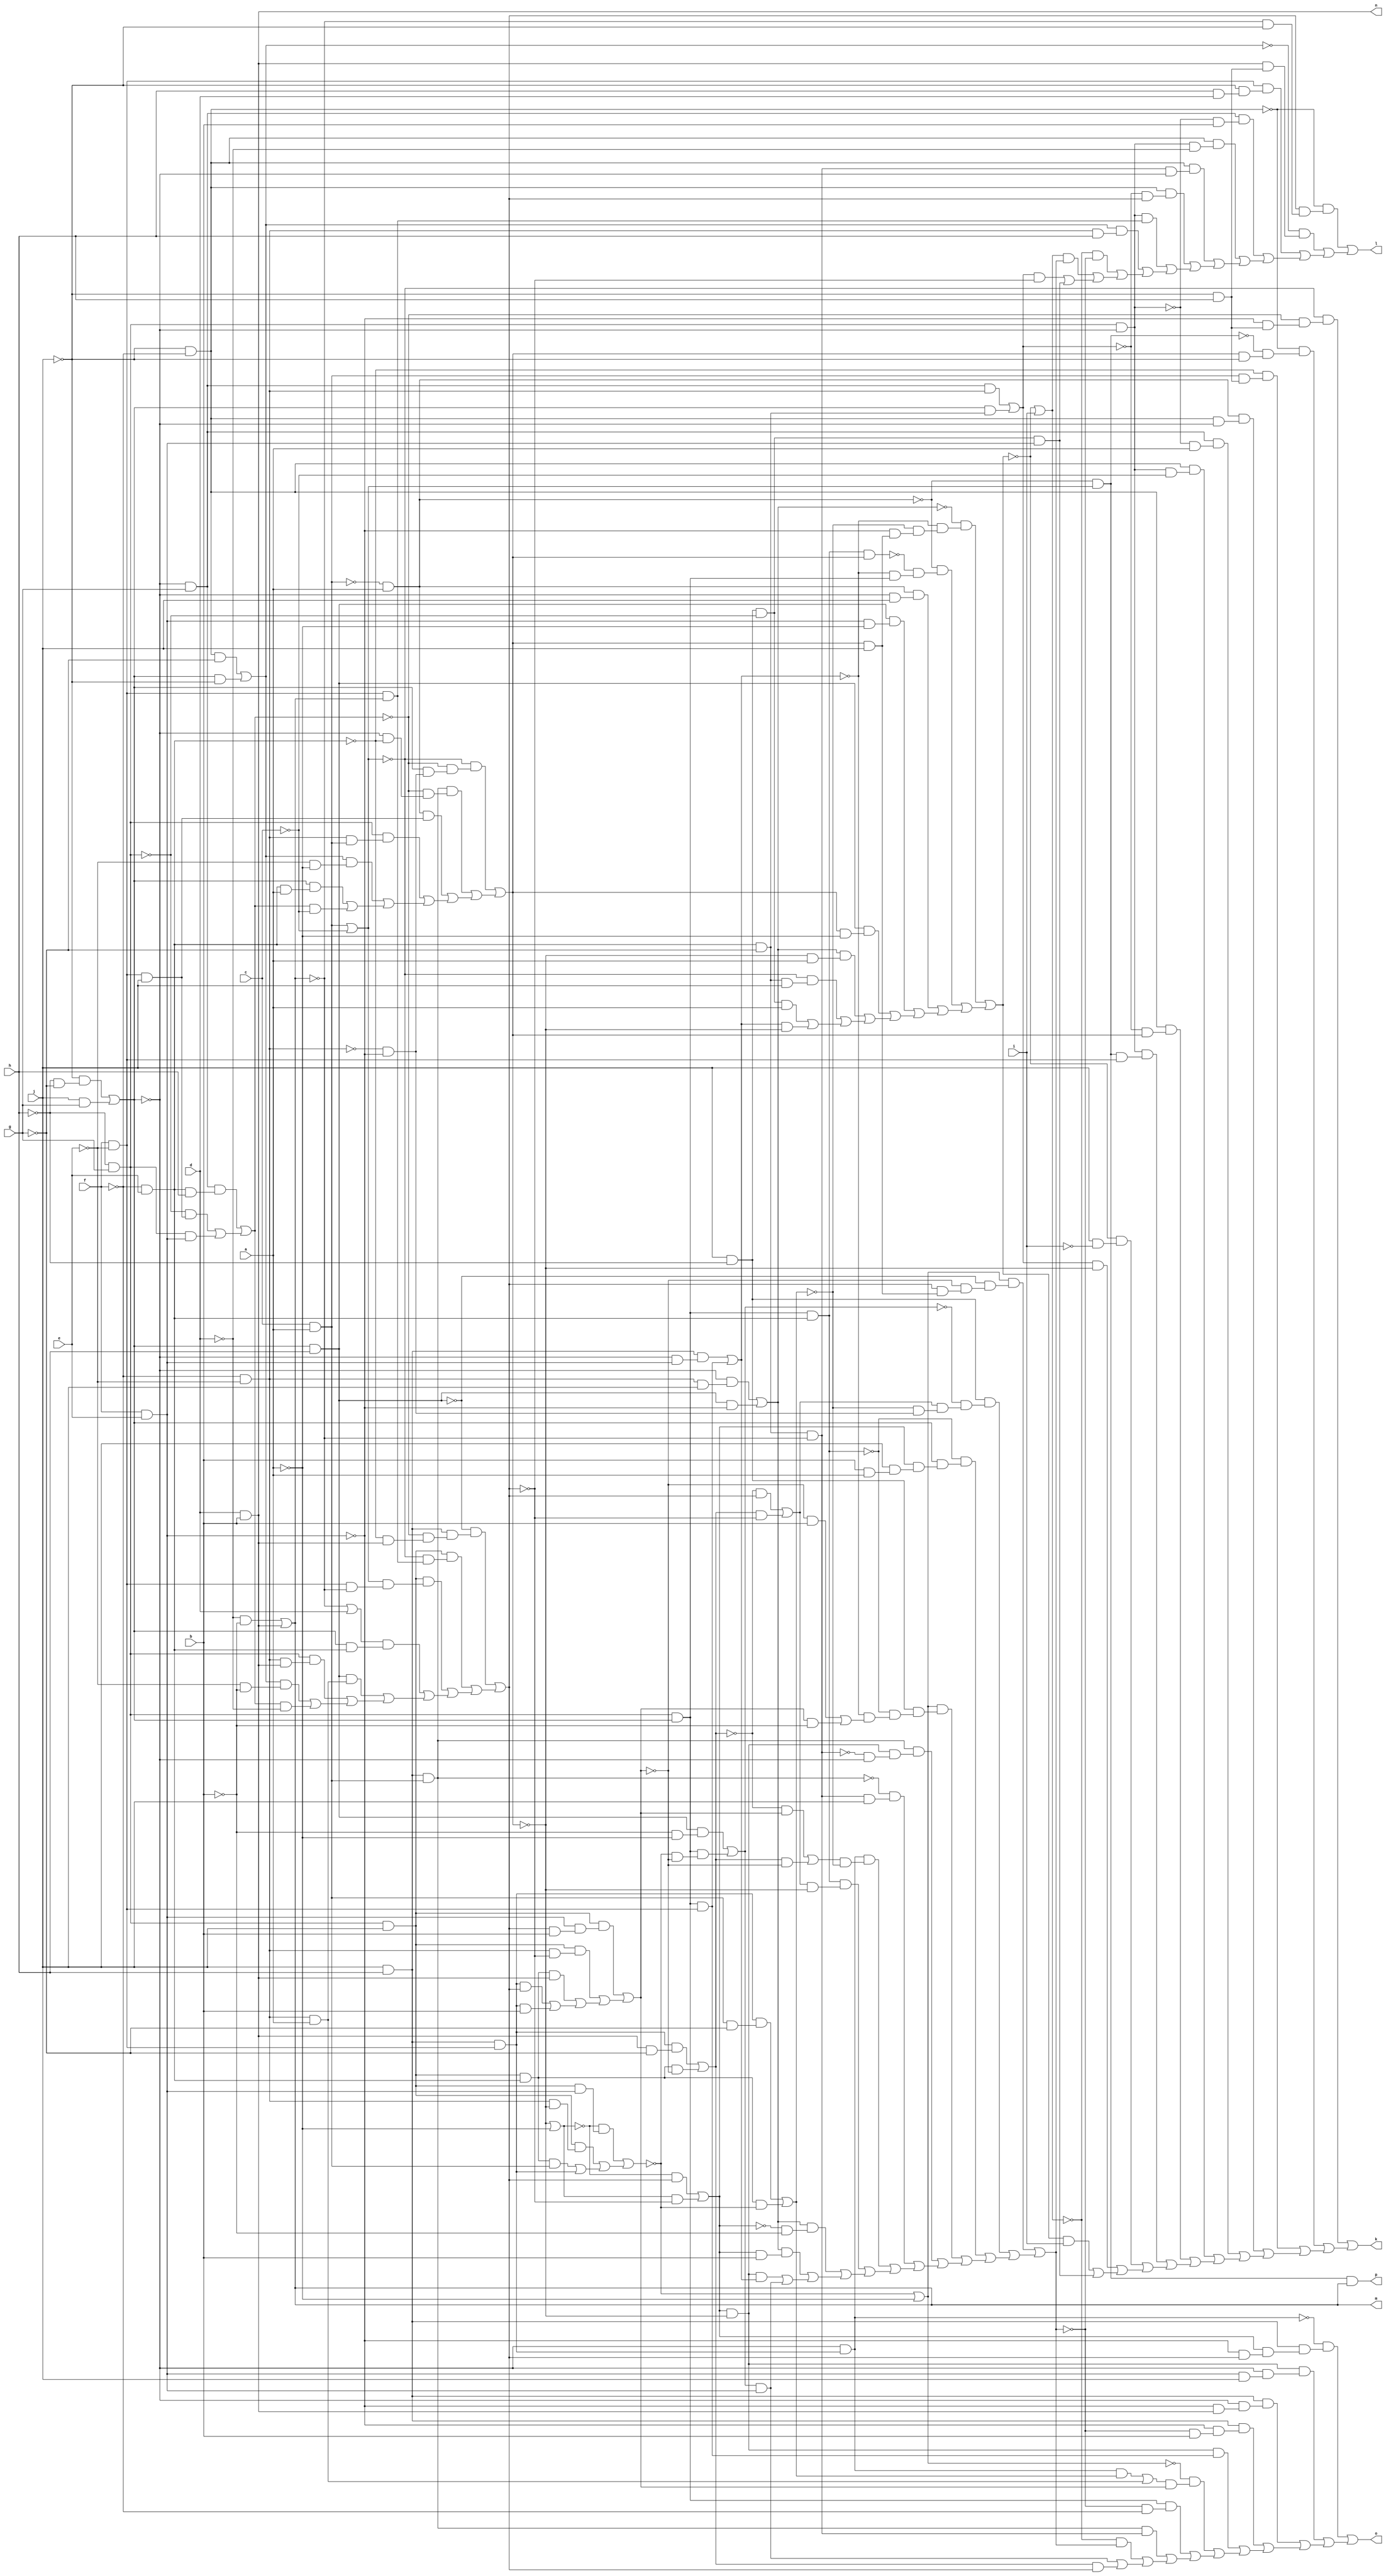
// IWLS benchmark module "alu4_cl" printed on Wed May 29 16:26:22 2002
module alu4_cl(a, b, c, d, e, f, g, h, i, j, k, l, m, n, o, p);
input
  a,
  b,
  c,
  d,
  e,
  f,
  g,
  h,
  i,
  j;
output
  k,
  l,
  m,
  n,
  o,
  p;
wire
  \[26] ,
  h1,
  \[27] ,
  i1,
  \[28] ,
  j1,
  \[29] ,
  k0,
  k1,
  \[10] ,
  l1,
  \[11] ,
  \[12] ,
  n0,
  \[13] ,
  \[48] ,
  \[49] ,
  \[0] ,
  \[15] ,
  \[30] ,
  \[1] ,
  \[16] ,
  r0,
  \[31] ,
  \[2] ,
  \[17] ,
  s0,
  \[3] ,
  \[18] ,
  t1,
  \[33] ,
  \[4] ,
  \[19] ,
  u1,
  \[34] ,
  \[5] ,
  \[35] ,
  \[6] ,
  \[50] ,
  w0,
  \[36] ,
  \[7] ,
  \[37] ,
  \[8] ,
  y1,
  \[38] ,
  \[9] ,
  z1,
  \[20] ,
  b2,
  \[21] ,
  c2,
  \[22] ,
  \[23] ,
  e0,
  e1,
  \[24] ,
  f0,
  f1,
  \[25] ;
assign
  \[26]  = ~f0 | i,
  h1 = f & e,
  \[27]  = ~l1 | ~a,
  i1 = ~f & ~e,
  \[28]  = ~k1 | ~a,
  j1 = ~f & e,
  \[29]  = \[24]  & ~c2,
  k0 = (\[19]  & (h1 & (w0 & b))) | ((\[19]  & (i1 & ~w0)) | ((\[34]  & \[3] ) | ((u1 & w0) | (u1 & b)))),
  k1 = (~\[27]  & (\[19]  & h1)) | ((\[19]  & (i1 & ~l1)) | ((\[34]  & f1) | u1)),
  \[10]  = f1 | ~c,
  l1 = (~\[10]  & (~z1 & (y1 & (~i1 & ~h1)))) | ((\[48]  & (~z1 & (~y1 & ~j1))) | ((\[49]  & (n0 & j)) | ((c2 & (i1 & f1)) | ((b2 & (~e & ~a)) | ((y1 & (j1 & a)) | (z1 & ~c)))))),
  \[11]  = (~s0 & w0) | (s0 & ~w0),
  k = \[0] ,
  l = \[1] ,
  m = \[2] ,
  n = \[3] ,
  o = \[4] ,
  p = \[5] ,
  \[12]  = j & h,
  n0 = f & ~e,
  \[13]  = (~y1 & (i1 & j)) | (\[23]  & ~h1),
  \[48]  = \[12]  & f1,
  \[49]  = ~f1 & a,
  \[0]  = (~\[10]  & (~z1 & (~h1 & (~j & h)))) | ((~\[36]  & (~\[21]  & (l1 & ~j))) | ((~j1 & (f1 & (~j & h))) | ((\[49]  & (\[36]  & ~y1)) | ((\[38]  & (~\[35]  & a)) | ((\[36]  & (\[35]  & ~c)) | ((\[36]  & (~\[20]  & l1)) | ((\[35]  & (\[21]  & n0)) | ((~f0 & (j & ~i)) | ((\[20]  & ~l1) | ((f0 & i) | \[50] )))))))))),
  \[15]  = (\[25]  & t1) | (\[22]  & a),
  \[30]  = ~\[2]  | d,
  \[1]  = (~\[36]  & (w0 & (~\[2]  & ~j))) | ((~b2 & (\[3]  & (~j & h))) | ((n0 & (~j & (h & d))) | ((\[38]  & (~\[35]  & b)) | ((\[36]  & (\[35]  & ~d)) | ((\[36]  & (\[33]  & ~y1)) | ((\[36]  & (~\[20]  & w0)) | ((\[35]  & (n0 & \[2] )) | ((b2 & (i1 & h)) | ((~\[26]  & ~e0) | ((\[26]  & e0) | ((\[20]  & ~w0) | \[50] ))))))))))),
  \[16]  = \[18]  & l1,
  r0 = j1 & ~g,
  \[31]  = 0,
  \[2]  = (~d & ~b) | \[3] ,
  \[17]  = (\[23]  & (~b & ~a)) | (\[6]  & (~k1 & ~k0)),
  s0 = (u1 & (\[3]  & ~g)) | (\[34]  & ~k0),
  \[3]  = d & b,
  \[18]  = \[6]  & j1,
  t1 = (u1 & (f1 & ~g)) | (\[34]  & ~k1),
  \[33]  = r0 & ~\[2] ,
  \[4]  = (~\[25]  & (\[12]  & (e1 & (~h1 & w0)))) | ((\[37]  & (~y1 & (h1 & j))) | ((\[12]  & (~y1 & (~h1 & \[3] ))) | ((\[12]  & (~h1 & (~e0 & b))) | ((\[37]  & (\[6]  & n0)) | ((~\[28]  & (\[15]  & k0)) | ((\[6]  & (~e0 & ~f)) | ((\[48]  & \[33] ) | ((~\[26]  & e0) | ((\[17]  & h1) | (s0 & w0)))))))))),
  \[19]  = c2 & j,
  u1 = \[12]  & n0,
  \[34]  = \[19]  & j1,
  \[5]  = \[21]  & \[2] ,
  \[35]  = c2 & ~y1,
  \[6]  = c2 & y1,
  \[50]  = \[29]  & h1,
  w0 = (~\[23]  & (\[12]  & (~z1 & (~j1 & \[3] )))) | ((\[19]  & (~\[10]  & (n0 & \[2] ))) | ((\[19]  & (\[10]  & (n0 & ~\[2] ))) | ((\[30]  & (y1 & j1)) | ((\[23]  & (i1 & a)) | ((c2 & (i1 & \[3] )) | ((b2 & (~e & ~b)) | (z1 & ~d))))))),
  \[36]  = ~j & ~f,
  \[7]  = (~s0 & k0) | (s0 & ~k0),
  \[37]  = e1 & ~l1,
  \[8]  = (~k0 & b) | (k0 & ~b),
  y1 = (~j & (~h & ~g)) | (j & g),
  \[38]  = ~y1 & g,
  \[9]  = (\[12]  & (~y1 & h1)) | (\[6]  & n0),
  z1 = (\[38]  & (j1 & h)) | ((~c2 & (n0 & j)) | (c2 & h1)),
  \[20]  = (\[38]  & i1) | (y1 & r0),
  b2 = (\[36]  & ~g) | (y1 & ~j),
  \[21]  = ~\[49]  & \[10] ,
  c2 = ~h & g,
  \[22]  = i1,
  \[23]  = y1 & h,
  e0 = (\[28]  & (~\[23]  & (~k0 & (w0 & (l1 & j))))) | ((\[24]  & (~\[17]  & (\[11]  & (~t1 & (~i1 & ~h1))))) | ((~\[18]  & (y1 & (e1 & (j & (b & a))))) | ((\[28]  & (\[24]  & (~\[18]  & (~\[9]  & \[8] )))) | ((\[48]  & (\[37]  & (~\[33]  & ~y1))) | ((~\[48]  & (\[33]  & j)) | ((\[25]  & (\[7]  & ~t1)) | ((\[18]  & (\[11]  & ~l1)) | ((\[13]  & (~e1 & ~b)) | ((\[13]  & (e1 & b)) | ((\[37]  & \[9] ) | (\[17]  & h1))))))))))),
  e1 = (~\[27]  & w0) | (\[27]  & ~w0),
  \[24]  = j & ~h,
  f0 = (~\[13]  & (~\[9]  & (~t1 & (~h1 & (l1 & j))))) | ((~\[49]  & (~\[16]  & (~\[9]  & \[6] ))) | ((\[49]  & (~y1 & j)) | ((\[23]  & (h1 & ~a)) | ((\[23]  & (l1 & ~a)) | ((\[13]  & (~l1 & a)) | ((~\[10]  & (r0 & j)) | ((\[29]  & a) | (\[9]  & ~l1)))))))),
  f1 = c & a,
  \[25]  = ~y1 & u1;
endmodule